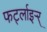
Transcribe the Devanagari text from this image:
फर्ट्लाइर्‍र्